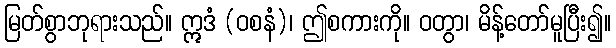
မြတ်စွာဘုရားသည်။ ဣဒံ (ဝစနံ)၊ ဤစကားကို။ ဝတွာ၊ မိန့်တော်မူပြီး၍။